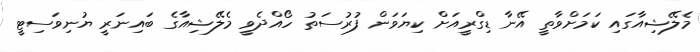
މެލޭޝިއާގައި ކަަމަށްވާތީ އޭނާ ޑިގްރީއަށް ކިޔަވަން ފުރުސަތު ހޯއްދެވީ މެލޭޝިއާގެ ބައިނަރީ ޔުނިވަސިޓީ